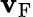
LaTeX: \mathbf{v}_{\mathrm{{{F}}}}